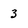
Character: 3